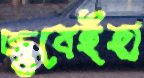
জুবেইহা